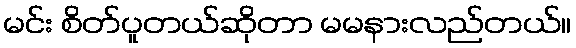
မင်း စိတ်ပူတယ်ဆိုတာ မမနားလည်တယ်။